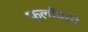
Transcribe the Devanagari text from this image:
फ्लॉवरने